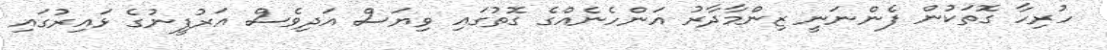
ހުރިހާ ގޮތަކުން ފެންނަނީ ޒިންމާދާރު އަންހެނެއްގެ ގޮތުގައި ވިޔަސް އަދިވެސް އަރުފީނުގެ ޅައިރުގައި